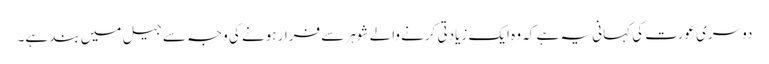
دوسری عورت کی کہانی یہ ہے کہ وہ ایک زیادتی کرنے والے شوہر سے فرار ہونے کی وجہ سے جیل میں بند ہے۔